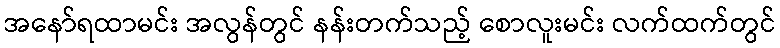
အနော်ရထာမင်း အလွန်တွင် နန်းတက်သည့် စောလူးမင်း လက်ထက်တွင်